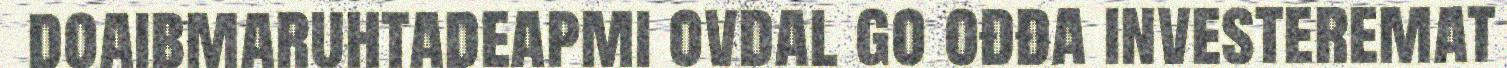
doaibmaruhtadeapmi ovdal go ođđa investeremat